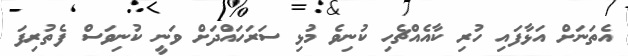
އެތަނަށް އަޅާފައި ހުރި ކާއެއްޗެހި ކުނިވެ މުޅި ސަރަހައްދަށް ވަނީ ކުނިވަސް ފެތުރިފަ